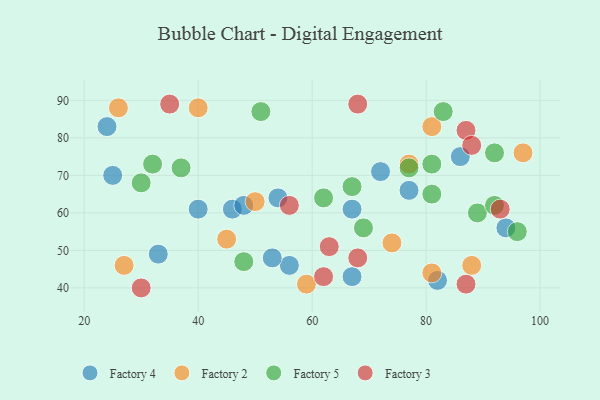
{"axis": {"x": "GDP", "y": "Life Expectancy"}, "legend": ["Factory 2", "Factory 3", "Factory 4", "Factory 5"], "data": [{"x": "24", "y": 83, "type": "Factory 4"}, {"x": "67", "y": 43, "type": "Factory 4"}, {"x": "67", "y": 61, "type": "Factory 4"}, {"x": "33", "y": 49, "type": "Factory 4"}, {"x": "46", "y": 61, "type": "Factory 4"}, {"x": "56", "y": 46, "type": "Factory 4"}, {"x": "86", "y": 75, "type": "Factory 4"}, {"x": "40", "y": 61, "type": "Factory 4"}, {"x": "53", "y": 48, "type": "Factory 4"}, {"x": "25", "y": 70, "type": "Factory 4"}, {"x": "48", "y": 62, "type": "Factory 4"}, {"x": "82", "y": 42, "type": "Factory 4"}, {"x": "94", "y": 56, "type": "Factory 4"}, {"x": "54", "y": 64, "type": "Factory 4"}, {"x": "72", "y": 71, "type": "Factory 4"}, {"x": "77", "y": 66, "type": "Factory 4"}, {"x": "77", "y": 73, "type": "Factory 2"}, {"x": "26", "y": 88, "type": "Factory 2"}, {"x": "97", "y": 76, "type": "Factory 2"}, {"x": "27", "y": 46, "type": "Factory 2"}, {"x": "74", "y": 52, "type": "Factory 2"}, {"x": "88", "y": 46, "type": "Factory 2"}, {"x": "50", "y": 63, "type": "Factory 2"}, {"x": "40", "y": 88, "type": "Factory 2"}, {"x": "59", "y": 41, "type": "Factory 2"}, {"x": "81", "y": 44, "type": "Factory 2"}, {"x": "81", "y": 83, "type": "Factory 2"}, {"x": "45", "y": 53, "type": "Factory 2"}, {"x": "30", "y": 68, "type": "Factory 5"}, {"x": "77", "y": 72, "type": "Factory 5"}, {"x": "92", "y": 76, "type": "Factory 5"}, {"x": "81", "y": 65, "type": "Factory 5"}, {"x": "81", "y": 73, "type": "Factory 5"}, {"x": "89", "y": 60, "type": "Factory 5"}, {"x": "92", "y": 62, "type": "Factory 5"}, {"x": "96", "y": 55, "type": "Factory 5"}, {"x": "37", "y": 72, "type": "Factory 5"}, {"x": "83", "y": 87, "type": "Factory 5"}, {"x": "48", "y": 47, "type": "Factory 5"}, {"x": "51", "y": 87, "type": "Factory 5"}, {"x": "62", "y": 64, "type": "Factory 5"}, {"x": "67", "y": 67, "type": "Factory 5"}, {"x": "69", "y": 56, "type": "Factory 5"}, {"x": "32", "y": 73, "type": "Factory 5"}, {"x": "87", "y": 41, "type": "Factory 3"}, {"x": "87", "y": 82, "type": "Factory 3"}, {"x": "62", "y": 43, "type": "Factory 3"}, {"x": "88", "y": 78, "type": "Factory 3"}, {"x": "93", "y": 61, "type": "Factory 3"}, {"x": "35", "y": 89, "type": "Factory 3"}, {"x": "30", "y": 40, "type": "Factory 3"}, {"x": "56", "y": 62, "type": "Factory 3"}, {"x": "68", "y": 48, "type": "Factory 3"}, {"x": "63", "y": 51, "type": "Factory 3"}, {"x": "68", "y": 89, "type": "Factory 3"}]}